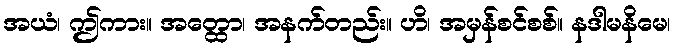
အယံ၊ ဤကား။ အတ္ထော၊ အနက်တည်း။ ဟိ၊ အမှန်စင်စစ်။ နဒါမနိမေ၊